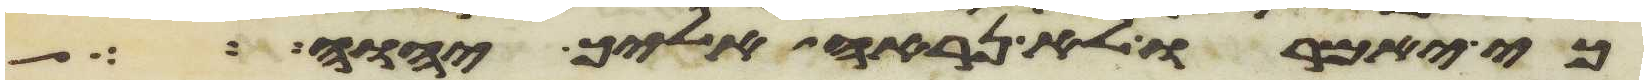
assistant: כי יאמרו לא נראה אליך יהוה